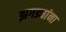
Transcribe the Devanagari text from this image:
झगड्यांना